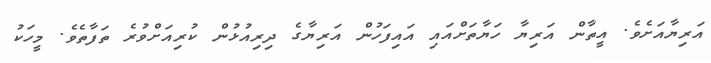
އަރިޔާއަށެވެ. އީތާން އަރިޔާ ހަޔާތަށްއައި އައިފަހުން އަރިޔާގެ ދިރިއުޅުން ކުރިއަށްވުރެ ތަފާތެވެ. މީހަކު